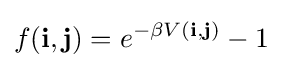
f(\mathbf {i} ,\mathbf {j} )=e^{-\beta V(\mathbf {i} ,\mathbf {j} )}-1